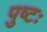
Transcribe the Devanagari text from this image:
पुष्टः